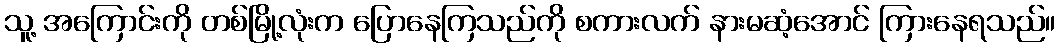
သူ့ အကြောင်းကို တစ်မြို့လုံးက ပြောနေကြသည်ကို စကားလက် နားမဆံ့အောင် ကြားနေရသည်။